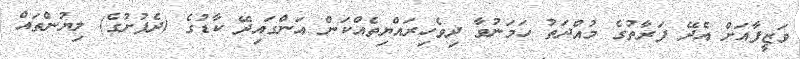
ވަޒީފާއަށް އެދޭ ފަރާތުގެ މުއްދަތު ހަމަނުވާ ދިވެހިރައްޔިތެއްކަން އަންގައިދޭ ކާޑުގެ (ދެފުށުގެ) ލިޔުންތައް